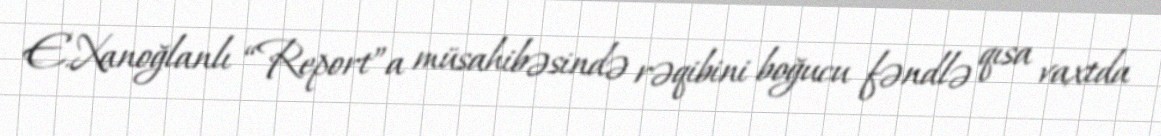
E.Xanoğlanlı “Report”a müsahibəsində rəqibini boğucu fəndlə qısa vaxtda